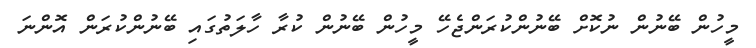
މީހުން ބޭނުން ނުކޮށް ބޭނުންކުރަންޖެހޭ މީހުން ބޭނުން ކުރާ ހާލަތުގައި ބޭނުންކުރަން އޮންނަ